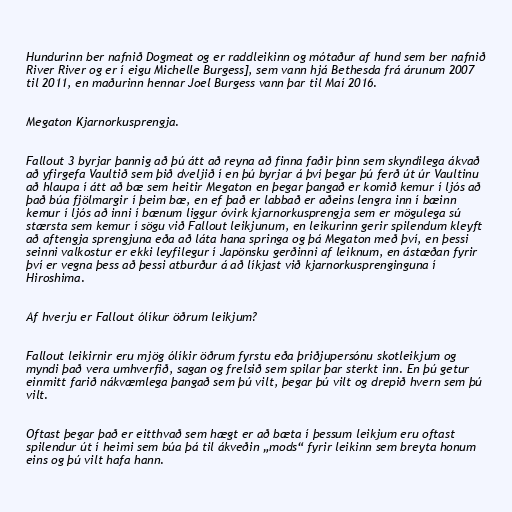
Hundurinn ber nafnið Dogmeat og er raddleikinn og mótaður af hund sem ber nafnið
River River og er í eigu Michelle Burgess], sem vann hjá Bethesda frá árunum 2007
til 2011, en maðurinn hennar Joel Burgess vann þar til Maí 2016.

Megaton Kjarnorkusprengja.

Fallout 3 byrjar þannig að þú átt að reyna að finna faðir þinn sem skyndilega ákvað
að yfirgefa Vaultið sem þið dveljið í en þú byrjar á því þegar þú ferð út úr Vaultinu
að hlaupa í átt að bæ sem heitir Megaton en þegar þangað er komið kemur í ljós að
það búa fjölmargir í þeim bæ, en ef það er labbað er aðeins lengra inn í bæinn
kemur í ljós að inni í bænum liggur óvirk kjarnorkusprengja sem er mögulega sú
stærsta sem kemur í sögu við Fallout leikjunum, en leikurinn gerir spilendum kleyft
að aftengja sprengjuna eða að láta hana springa og þá Megaton með því, en þessi
seinni valkostur er ekki leyfilegur í Japönsku gerðinni af leiknum, en ástæðan fyrir
því er vegna þess að þessi atburður á að líkjast við kjarnorkusprenginguna í
Hiroshima.

Af hverju er Fallout ólíkur öðrum leikjum?

Fallout leikirnir eru mjög ólíkir öðrum fyrstu eða þriðjupersónu skotleikjum og
myndi það vera umhverfið, sagan og frelsið sem spilar þar sterkt inn. En þú getur
einmitt farið nákvæmlega þangað sem þú vilt, þegar þú vilt og drepið hvern sem þú
vilt.

Oftast þegar það er eitthvað sem hægt er að bæta í þessum leikjum eru oftast
spilendur út í heimi sem búa þá til ákveðin „mods“ fyrir leikinn sem breyta honum
eins og þú vilt hafa hann.